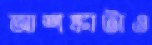
আশঙ্কাটাও